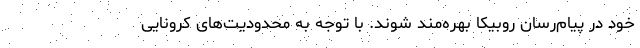
خود در پیام‌رسان روبیکا بهره‌مند شوند. با توجه به محدودیت‌های کرونایی